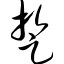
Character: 踅